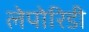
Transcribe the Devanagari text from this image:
लेपोरिडी